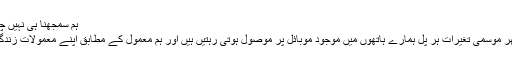
ہم سمجھنا ہی نہیں چاہتے - شیخ خالد زاہد - Daleel.Pk
دنیا کی بدلتی ہوئی صورتحال ہو یا پھر موسمی تغیرات ہر پل ہمارے ہاتھوں میں موجود موبائل پر موصول ہوتی رہتیں ہیں اور ہم معمول کے مطابق اپنے معمولات زندگی میں انکے ساتھ مشغول رہتے ہیں ۔